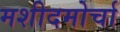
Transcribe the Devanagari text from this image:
मशीदमोर्चा